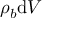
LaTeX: \rho _ { b } \mathrm { d } V